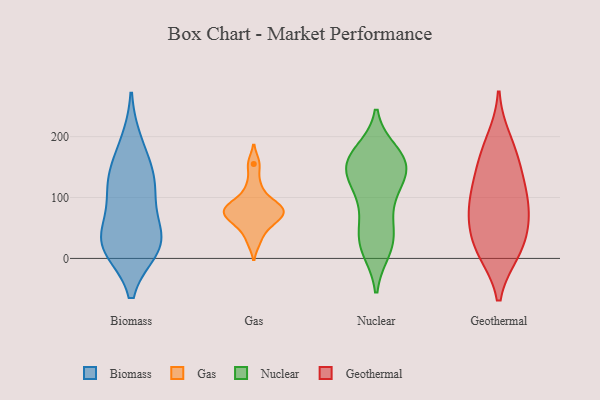
{"axis": {"x": "Website Visitors", "y": "Value"}, "legend": ["Biomass", "Gas", "Geothermal", "Nuclear"], "data": [{"x": "", "y": 28, "type": "Biomass"}, {"x": "", "y": 124, "type": "Biomass"}, {"x": "", "y": 34, "type": "Biomass"}, {"x": "", "y": 147, "type": "Biomass"}, {"x": "", "y": 95, "type": "Biomass"}, {"x": "", "y": 27, "type": "Biomass"}, {"x": "", "y": 18, "type": "Biomass"}, {"x": "", "y": 120, "type": "Biomass"}, {"x": "", "y": 24, "type": "Biomass"}, {"x": "", "y": 189, "type": "Biomass"}, {"x": "", "y": 82, "type": "Gas"}, {"x": "", "y": 118, "type": "Gas"}, {"x": "", "y": 72, "type": "Gas"}, {"x": "", "y": 59, "type": "Gas"}, {"x": "", "y": 58, "type": "Gas"}, {"x": "", "y": 29, "type": "Gas"}, {"x": "", "y": 155, "type": "Gas"}, {"x": "", "y": 77, "type": "Gas"}, {"x": "", "y": 91, "type": "Gas"}, {"x": "", "y": 85, "type": "Gas"}, {"x": "", "y": 158, "type": "Nuclear"}, {"x": "", "y": 29, "type": "Nuclear"}, {"x": "", "y": 173, "type": "Nuclear"}, {"x": "", "y": 41, "type": "Nuclear"}, {"x": "", "y": 153, "type": "Nuclear"}, {"x": "", "y": 106, "type": "Nuclear"}, {"x": "", "y": 90, "type": "Nuclear"}, {"x": "", "y": 114, "type": "Nuclear"}, {"x": "", "y": 167, "type": "Nuclear"}, {"x": "", "y": 48, "type": "Nuclear"}, {"x": "", "y": 149, "type": "Nuclear"}, {"x": "", "y": 16, "type": "Nuclear"}, {"x": "", "y": 148, "type": "Nuclear"}, {"x": "", "y": 158, "type": "Nuclear"}, {"x": "", "y": 143, "type": "Nuclear"}, {"x": "", "y": 15, "type": "Nuclear"}, {"x": "", "y": 100, "type": "Geothermal"}, {"x": "", "y": 123, "type": "Geothermal"}, {"x": "", "y": 170, "type": "Geothermal"}, {"x": "", "y": 60, "type": "Geothermal"}, {"x": "", "y": 11, "type": "Geothermal"}, {"x": "", "y": 194, "type": "Geothermal"}, {"x": "", "y": 67, "type": "Geothermal"}, {"x": "", "y": 62, "type": "Geothermal"}, {"x": "", "y": 11, "type": "Geothermal"}, {"x": "", "y": 150, "type": "Geothermal"}, {"x": "", "y": 16, "type": "Geothermal"}, {"x": "", "y": 103, "type": "Geothermal"}]}